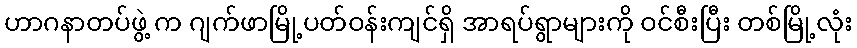
ဟာဂနာတပ်ဖွဲ့ က ဂျက်ဖာမြို့ပတ်ဝန်းကျင်ရှိ အာရပ်ရွာများကို ဝင်စီးပြီး တစ်မြို့လုံး